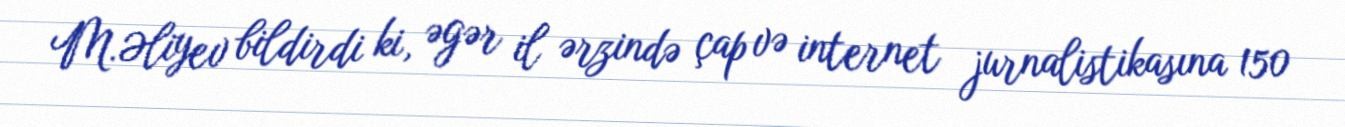
M.Əliyev bildirdi ki, əgər il ərzində çap və internet jurnalistikasına 150